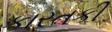
કારતકી